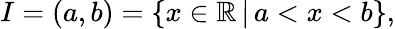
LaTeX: I=(a,b)=\{ x\in\mathbb{R}\, |\, a<x<b\} ,